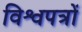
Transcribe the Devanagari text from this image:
विश्वपत्रों